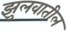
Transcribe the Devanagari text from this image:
झुलवातील